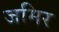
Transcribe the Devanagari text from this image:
जमिर